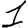
Digit: 1